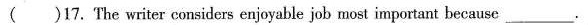
()17. The writer considers enjoyable job most important because___